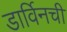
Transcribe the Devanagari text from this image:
डार्विनची